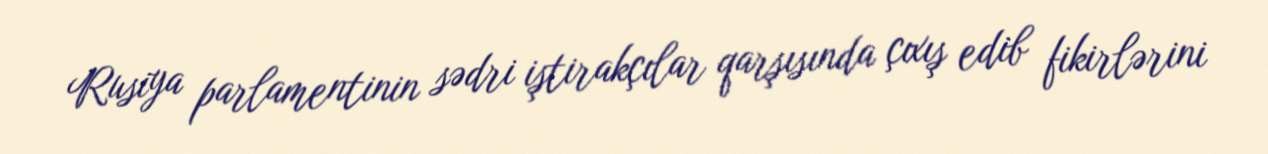
Rusiya parlamentinin sədri iştirakçılar qarşısında çıxış edib fikirlərini